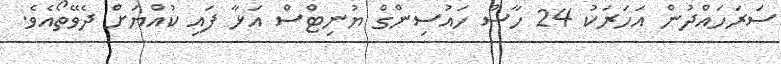
ސަރަހައްދުން އަހަރަކު 24 ހާސް ހައުސިންގް ޔުނިޓްސް އަޅާ ފައި ކުއްޔަށް ދެވޭތޯއެވެ.